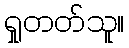
ရှုတတ်သူ။